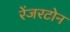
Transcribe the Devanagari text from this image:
रेंजरटोन